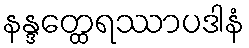
နန္ဒတ္ထေရဿာပဒါနံ